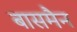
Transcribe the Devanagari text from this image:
बासमैन